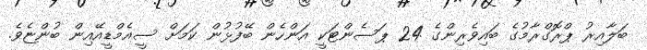
ބަލާއިރު ޕްރޮގްރާމުގެ ބައިވެރިންގެ 24 ޕަސެންޓަކީ އަންހެން ބޭފުޅުން ކަމަށް ސީއެމްޑީއޭއިން ބުންޏެވެ.